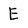
Character: E